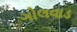
ગોલવાડ